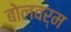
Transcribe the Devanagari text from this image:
बोलवर्म